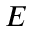
E